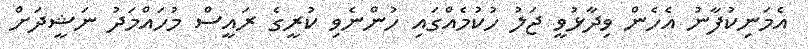
އެމަނިކުފާނު އެހެން ވިދާޅުވީ ޖަލު ހުކުމެއްގައި ހުންނެވި ކުރީގެ ރައީސް މުހައްމަދު ނަޝީދަށް